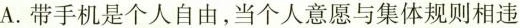
A.带手机是个人自由，当个人意愿与集体规则相违